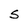
Character: S